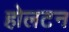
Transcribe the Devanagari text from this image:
होलटन